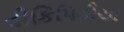
વીકિપિડીયા